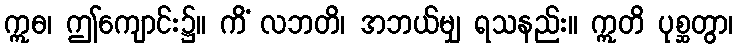
ဣဓ၊ ဤကျောင်း၌။ ကိံ လဘတိ၊ အဘယ်မျှ ရသနည်း။ ဣတိ ပုစ္ဆတွာ၊